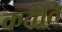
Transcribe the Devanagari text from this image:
कर्तेति